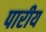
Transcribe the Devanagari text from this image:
पारीय